Reports on dispensaries and lunatic asylums in the Province of Oudh - 1869-1876
Year: 1869
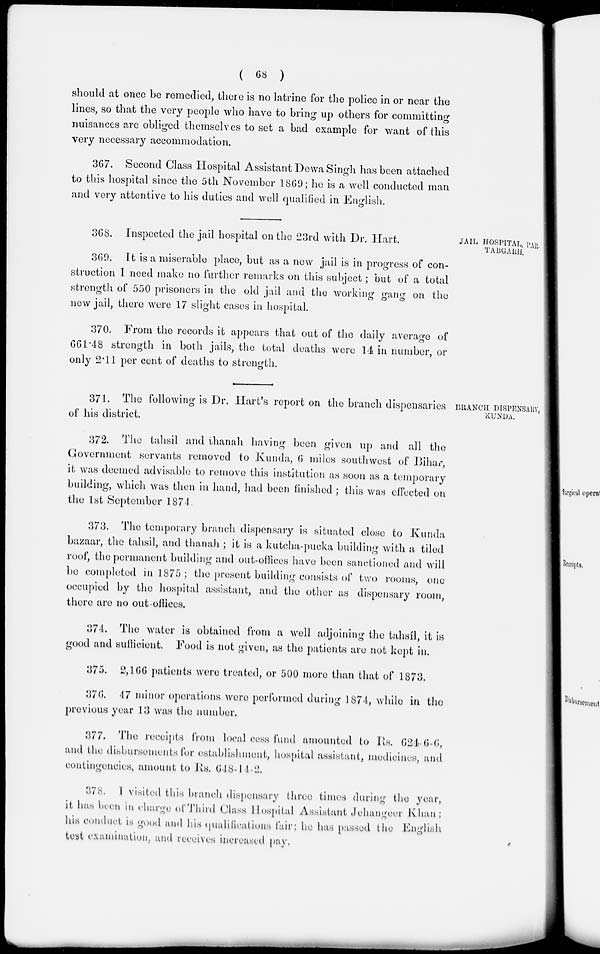
( 68 )
should at once be remedied, there is no latrine for the police in or near the
lines, so that the very people who have to bring up others for committing
nuisances are obliged themselves to set a bad example for want of this
very necessary accommodation.
367. Second Class Hospital Assistant Dewa Singh has been attached
to this hospital since the 5th November 1869; he is a well conducted man
and very attentive to his duties and well qualified in English.
JAIL HOSPITAL, PAR-
TABGARH.
368. Inspected the jail hospital on the 23rd with Dr. Hart.
369. It is a miserable place, but as a new jail is in progress of con-
struction I need make no further remarks on this subject ; but of a total
strength of 550 prisoners in the old jail and the working gang on the
new jail, there were 17 slight cases in hospital.
370. From the records it appears that out of the daily average of
661.48 strength in both jails, the total deaths were 14 in number, or
only 2.11 per cent of deaths to strength.
BRANCH DISPENSARY,
KUNDA.
371. The following is Dr. Hart's report on the branch dispensaries
of his district.
372. The tahsil and thanah having been given up and all the
Government servants removed to Kunda, 6 miles southwest of Bihar,
it was deemed advisable to remove this institution as soon as a temporary
building, which was then in hand, had been finished ; this was effected on
the 1st September 1874.
373. The temporary branch dispensary is situated close to Kunda
bazaar, the tahsil, and thanah ; it is a kutcha-pucka building with a tiled
roof, the permanent building and out-offices have been sanctioned and will
be completed in 1875 ; the present building consists of two rooms, one
occupied by the hospital assistant, and the other as dispensary room,
there are no out offices.
374. The water is obtained from a well adjoining the tahsíl, it is
good and sufficient. Food is not given, as the patients are not kept in.
375. 2,166 patients were treated, or 500 more than that of 1873.
376. 47 minor operations were performed during 1874, while in the
previous year 13 was the number.
377. The receipts from local cess fund amounted to Rs. 624-6-6,
and the disbursements for establishment, hospital assistant, medicines, and
contingencies, amount to Rs. 648-14-2.
378. I visited this branch dispensary three times during the year,
it has been in charge of Third Class Hospital Assistant Jehangeer Khan;
his conduct is good and his qualications fair; he has passed the English
test examination, and receives increased pay.